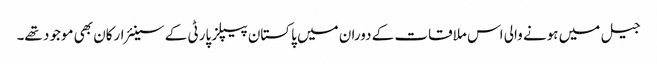
جیل میں ہونے والی اس ملاقات کے دوران میں پاکستان پیپلز پارٹی کے سینئر ارکان بھی موجود تھے۔